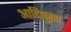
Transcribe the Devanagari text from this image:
आदिपुरण